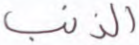
الذنب